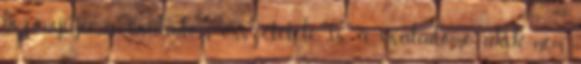
bizonyítja a családom összetétele is, a családomé akik nem